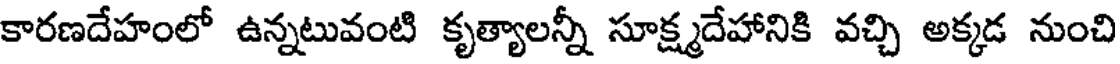
కారణదేహంలో ఉన్నటువంటి కృత్యాలన్నీ సూక్ష్మదేహానికి వచ్చి అక్కడ నుంచి